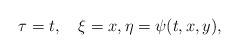
LaTeX: \begin{align*}\tau=t,\quad\xi=x,\eta=\psi(t,x,y),\end{align*}